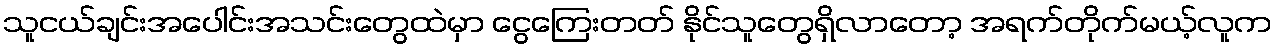
သူငယ်ချင်းအပေါင်းအသင်းတွေထဲမှာ ငွေကြေးတတ် နိုင်သူတွေရှိလာတော့ အရက်တိုက်မယ့်လူက